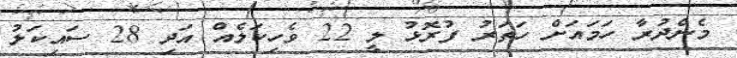
މެންދުރާ ހަމައަށް ހަތަރު ފުރޮޅު ލީ 22 ވެހިކަލެއް އަދި 28 ސައިކަލު